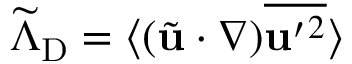
\widetilde { \Lambda } _ { \mathrm { { D } } } = \langle { ( \tilde { \bf { u } } \cdot \nabla ) \overline { { { \bf { u } } ^ { \prime } { } ^ { 2 } } } } \rangle